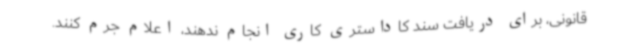
قانونی، برای دریافت سند کاداستری کاری انجام ندهند، اعلام جرم کنند.